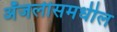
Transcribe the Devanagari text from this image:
अँजलीसमधील